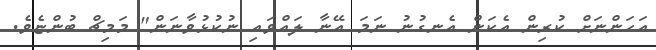
އަހަންނަށް ކުރިން އެކަން އެނގުނު ނަމަ އޭނާ ލައްވައި ނުކުޅުވާނަން" މަމިޗް ބުންޏެވެ.